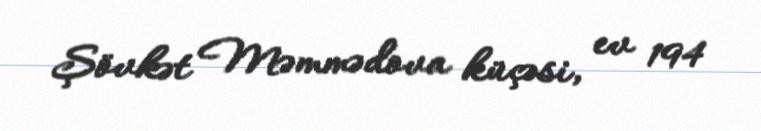
Şövkət Məmmədova küçəsi, ev 194